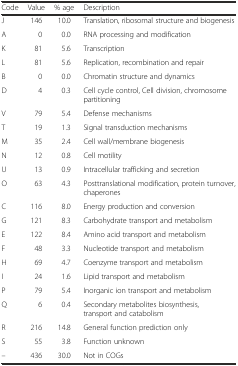
<table><thead><tr><td><b>Code</b></td><td><b>Value</b></td><td><b>% age</b></td><td><b>Description</b></td></tr></thead><tbody><tr><td>J</td><td>146</td><td>10.0</td><td>Translation, ribosomal structure and biogenesis</td></tr><tr><td>A</td><td>0</td><td>0.0</td><td>RNA processing and modification</td></tr><tr><td>K</td><td>81</td><td>5.6</td><td>Transcription</td></tr><tr><td>L</td><td>81</td><td>5.6</td><td>Replication, recombination and repair</td></tr><tr><td>B</td><td>0</td><td>0.0</td><td>Chromatin structure and dynamics</td></tr><tr><td>D</td><td>4</td><td>0.3</td><td>Cell cycle control, Cell division, chromosome partitioning</td></tr><tr><td>V</td><td>79</td><td>5.4</td><td>Defense mechanisms</td></tr><tr><td>T</td><td>19</td><td>1.3</td><td>Signal transduction mechanisms</td></tr><tr><td>M</td><td>35</td><td>2.4</td><td>Cell wall/membrane biogenesis</td></tr><tr><td>N</td><td>12</td><td>0.8</td><td>Cell motility</td></tr><tr><td>U</td><td>13</td><td>0.9</td><td>Intracellular trafficking and secretion</td></tr><tr><td>O</td><td>63</td><td>4.3</td><td>Posttranslational modification, protein turnover, chaperones</td></tr><tr><td>C</td><td>116</td><td>8.0</td><td>Energy production and conversion</td></tr><tr><td>G</td><td>121</td><td>8.3</td><td>Carbohydrate transport and metabolism</td></tr><tr><td>E</td><td>122</td><td>8.4</td><td>Amino acid transport and metabolism</td></tr><tr><td>F</td><td>48</td><td>3.3</td><td>Nucleotide transport and metabolism</td></tr><tr><td>H</td><td>69</td><td>4.7</td><td>Coenzyme transport and metabolism</td></tr><tr><td>I</td><td>24</td><td>1.6</td><td>Lipid transport and metabolism</td></tr><tr><td>P</td><td>79</td><td>5.4</td><td>Inorganic ion transport and metabolism</td></tr><tr><td>Q</td><td>6</td><td>0.4</td><td>Secondary metabolites biosynthesis, transport and catabolism</td></tr><tr><td>R</td><td>216</td><td>14.8</td><td>General function prediction only</td></tr><tr><td>S</td><td>55</td><td>3.8</td><td>Function unknown</td></tr><tr><td>–</td><td>436</td><td>30.0</td><td>Not in COGs</td></tr></tbody></table>